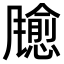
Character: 𫗃